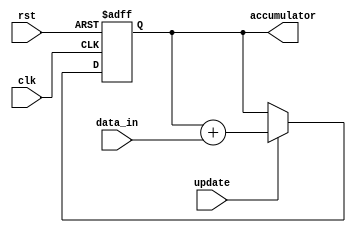
module accumulator(
    input wire clk, // Clock input
    input wire rst, // Asynchronous reset input
    input wire update, // Input to update accumulator value
    input wire [7:0] data_in, // Input digital signal data
    output reg [15:0] accumulator // Output accumulator value
);

always @(posedge clk or posedge rst) begin
    if(rst) begin
        accumulator <= 16'b0; // Reset accumulator value
    end else if(update) begin
        accumulator <= accumulator + data_in; // Add input data to accumulator
    end
end

endmodule